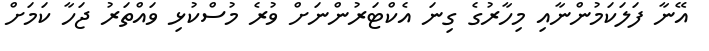
އޭނާ ފަލަކަމުންނާއި މިހާރުގެ ގިނަ އެކްޓަރުންނަށް ވުރެ މުސްކުޅި ވައްތަރު ޖަހާ ކަމަށް